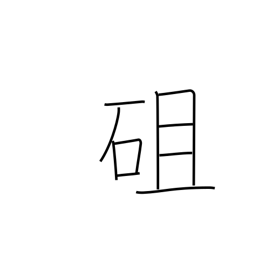
Meaning: stony hill